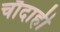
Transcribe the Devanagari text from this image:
चौदाही